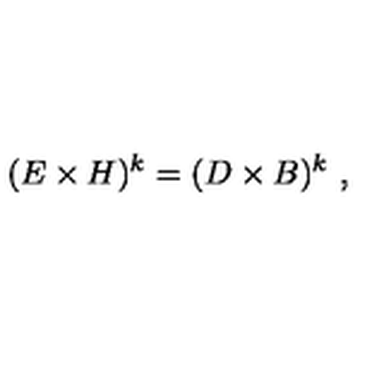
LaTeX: ( E \times H ) ^ { k } = ( D \times B ) ^ { k } \ ,